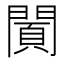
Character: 𨵪